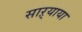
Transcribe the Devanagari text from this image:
साऱ्याया